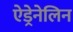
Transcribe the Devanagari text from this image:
ऐड्रेनेलिन